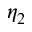
\eta _ { 2 }